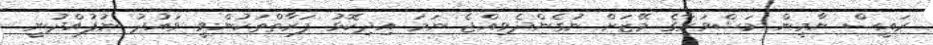
ރައީސް ޔާމީން މަޝްވަރާގެ މޭޒަށް ނުގެންދެވިއްޖެ ނަމަ އިދިކޮޅު ފަރާތްތަކުންވީ ވައުދު ނުފުއްދުނީ